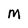
Character: m